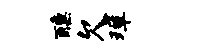
醺欠璋